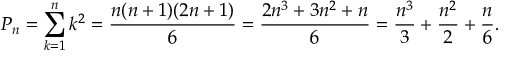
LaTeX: P _ { n } = \sum _ { k = 1 } ^ { n } k ^ { 2 } = { \frac { n ( n + 1 ) ( 2 n + 1 ) } { 6 } } = { \frac { 2 n ^ { 3 } + 3 n ^ { 2 } + n } { 6 } } = { \frac { n ^ { 3 } } { 3 } } + { \frac { n ^ { 2 } } { 2 } } + { \frac { n } { 6 } } .